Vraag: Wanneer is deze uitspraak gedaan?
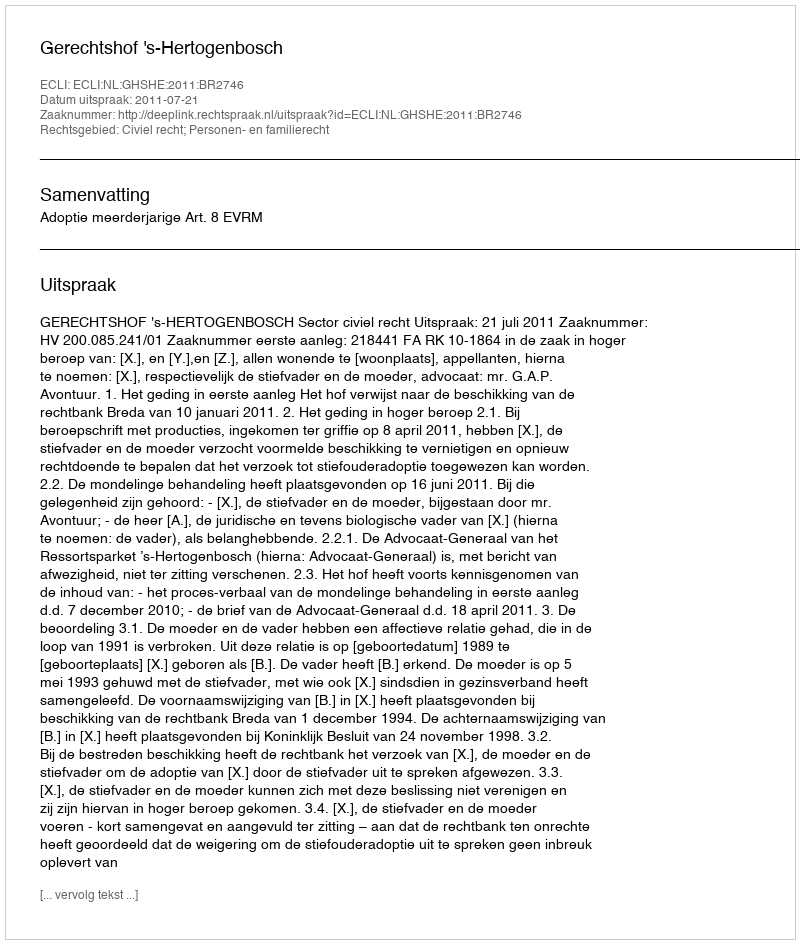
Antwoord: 2011-07-21